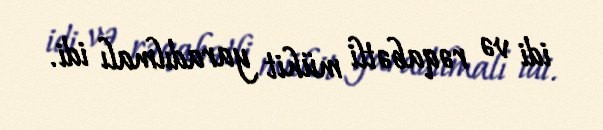
idi və rəqabətli mühit yaradılmalı idi.